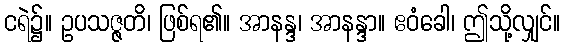
ငရဲ၌။ ဥပသဇ္ဇတိ၊ ဖြစ်ရ၏။ အာနန္ဒ၊ အာနန္ဒာ။ ဧဝံခေါ၊ ဤသို့လျှင်။